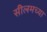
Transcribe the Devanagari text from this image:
सीलमच्या